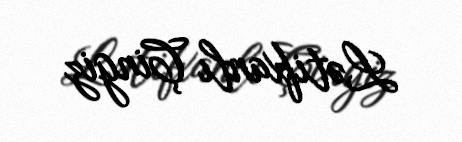
Lətifxanlı Çingiz